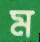
ম